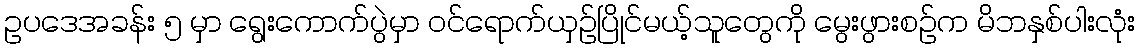
ဥပဒေအခန်း ၅ မှာ ရွေးကောက်ပွဲမှာ ဝင်ရောက်ယှဉ်ပြိုင်မယ့်သူတွေကို မွေးဖွားစဉ်က မိဘနှစ်ပါးလုံး